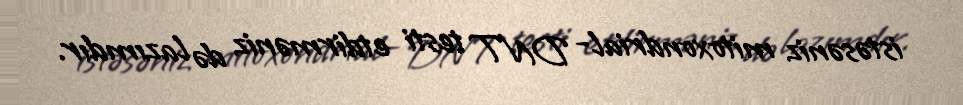
istəsəniz mitoxondrial- DNT testi etdirməniz də lazımdır.